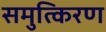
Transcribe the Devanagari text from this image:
समुत्किरण